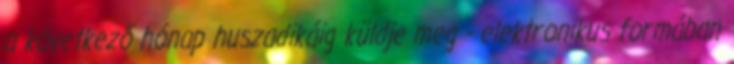
a következő hónap huszadikáig küldje meg - elektronikus formában